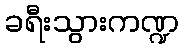
ခရီးသွားကဏ္ဍ